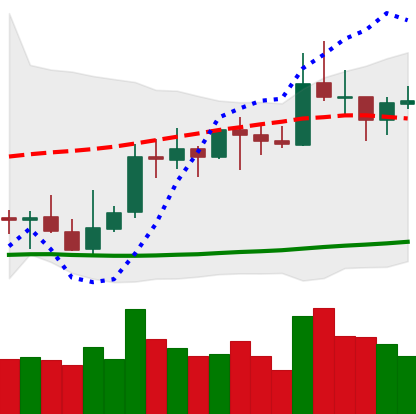
Ticker: XRP-USD
Chart end date: 2021-10-14
Forward return: -3.553%
Label: down_3_5